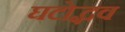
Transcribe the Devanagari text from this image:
घटोद्भव